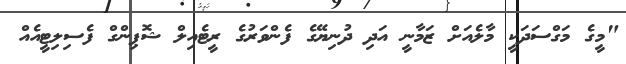
"މީގެ މަގްސަދަކީ މާލެއަށް ޒަމާނީ އަދި ދުނިޔޭގެ ފެންވަރުގެ ރީޓެއިލް ޝޮޕިންގް ފެސިލިޓީއެއް